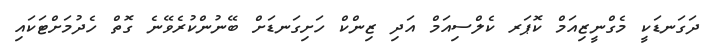
ދަގަނޑަކީ މެގްނީޒިއަމް ކޮޕަރ ކެލްސިއަމް އަދި ޒިންކް ހަށިގަނޑަށް ބޭނުންކުރެވޭނެ ގޮތް ހެދުމަށްޓަކައި